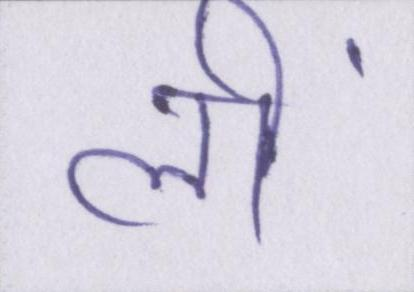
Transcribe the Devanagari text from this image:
लीं